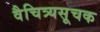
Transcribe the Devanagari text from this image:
वैचित्र्यसूचक